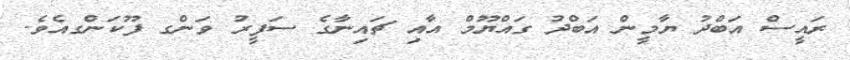
ރައީސް އަބްދު ޔާމީން އަބްދު ގައްޔޫމް އާއި ޗައިނާގެ ސަފީރު ވަންގ ފޫކަންގއެވެ.